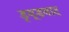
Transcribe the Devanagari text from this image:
ड्र्यूडवाद